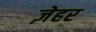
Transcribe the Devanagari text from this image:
ज़ेहर